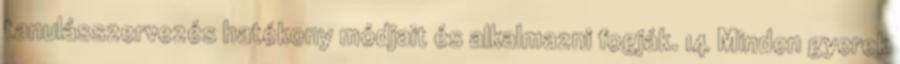
tanulásszervezés hatékony módjait és alkalmazni fogják. 14 Minden gyerek